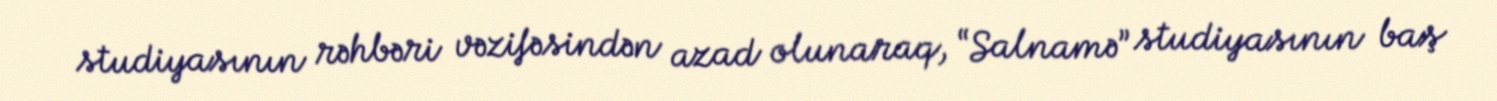
studiyasının rəhbəri vəzifəsindən azad olunaraq, “Salnamə” studiyasının baş